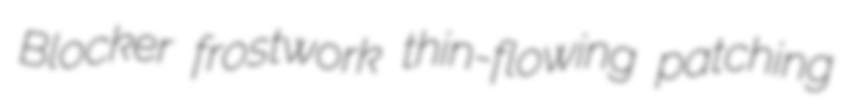
Blocker frostwork thin-flowing patching